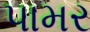
પામર